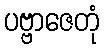
ပဗ္ဗာဇေတုံ